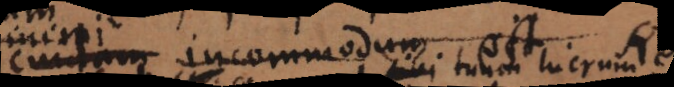
rei incommodum